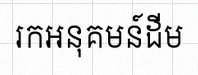
រកអនុគមន៍ដើម